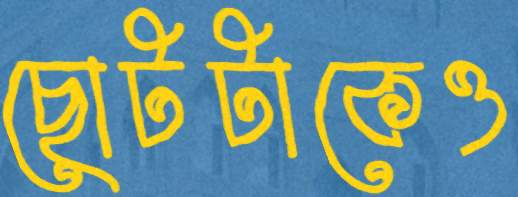
ছোটটাকেও